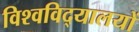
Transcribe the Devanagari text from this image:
विश्‍वविद्‌यालयों